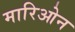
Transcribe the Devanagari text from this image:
मारिओन